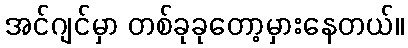
အင်ဂျင်မှာ တစ်ခုခုတော့မှားနေတယ်။